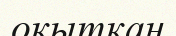
оқытқан